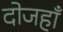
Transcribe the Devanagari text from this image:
दोजहाँ